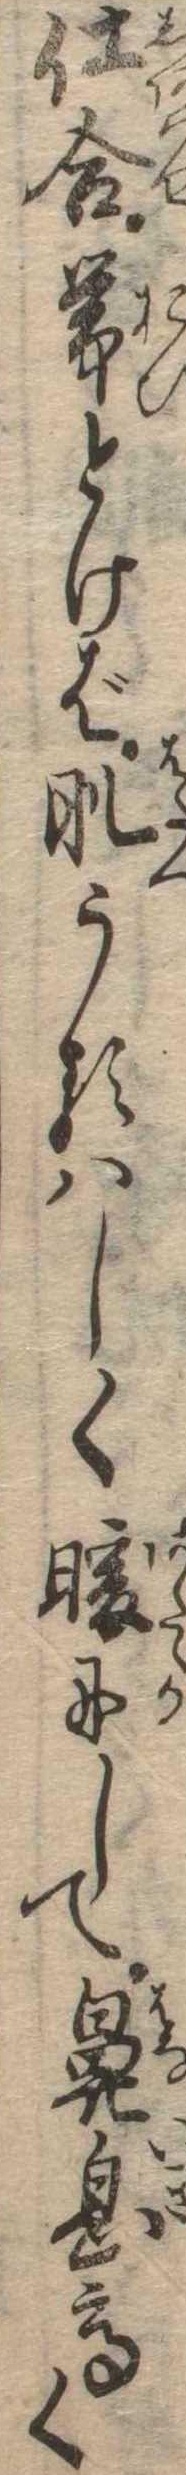
仕合帯とけば肌うるはしく暖にして鼻息高く